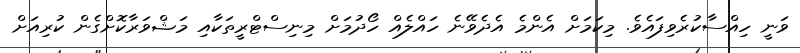
ވަނީ ހިއްސާކުރެވިފައެވެ. މިކަމަށް އެންމެ އެދެވޭނެ ހައްލެއް ހޯދުމަށް މިނިސްޓްރީތަކާއި މަޝްވަރާކޮށްގެން ކުރިއަށް